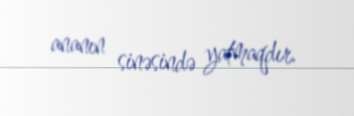
ananın sinəsində yatmaqdır.